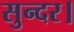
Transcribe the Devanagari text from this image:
सुन्दर।